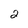
Character: 2